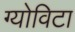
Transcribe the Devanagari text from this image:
ग्योविटा